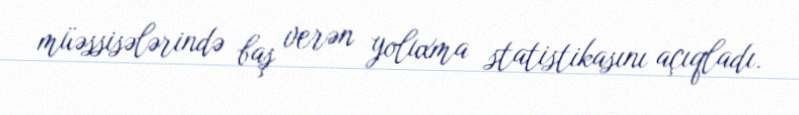
müəssisələrində baş verən yoluxma statistikasını açıqladı.